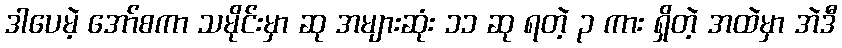
ဒါပေမဲ့ အော်စကာ သမိုင်းမှာ ဆု အများဆုံး ၁၁ ဆု ရတဲ့ ၃ ကား ရှိတဲ့ အထဲမှာ အဲဒီ